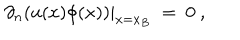
\partial _ { n } ( u ( x ) \phi ( x ) ) | _ { x = x _ { B } } \ = \ 0 \ ,